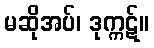
မဆိုအပ်၊ ဒုက္ကဋ်။